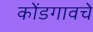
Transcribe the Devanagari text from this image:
कोंडगावचे